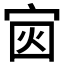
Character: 𪧏